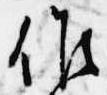
候